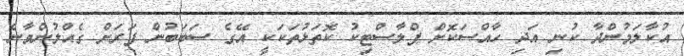
އުކާލަމުންދާ ކުނި އަދި ހާއްސަކޮށް ޕްލާސްޓިކު ކޮތަޅުތަކަކީ އޭގެ ސަބަބުން ފަރަށް ގެއްލުންވާނެ